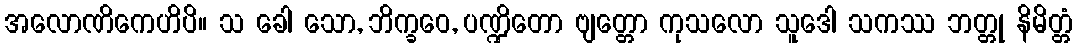
အလောဏိကေဟိပိ။ သ ခေါ သော, ဘိက္ခဝေ, ပဏ္ဍိတော ဗျတ္တော ကုသလော သူဒေါ သကဿ ဘတ္တု နိမိတ္တံ